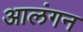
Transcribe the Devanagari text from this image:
आलंगन